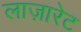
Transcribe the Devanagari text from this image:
लाज़ारेट